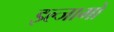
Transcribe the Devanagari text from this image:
इल्जामों